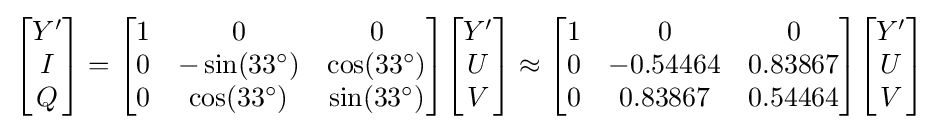
{\begin{bmatrix}Y'\\I\\Q\end{bmatrix}}={\begin{bmatrix}1&0&0\\0&-\sin(33^{\circ })&\cos(33^{\circ })\\0&\cos(33^{\circ })&\sin(33^{\circ })\end{bmatrix}}{\begin{bmatrix}Y'\\U\\V\end{bmatrix}}\approx {\begin{bmatrix}1&0&0\\0&-0.54464&0.83867\\0&0.83867&0.54464\end{bmatrix}}{\begin{bmatrix}Y'\\U\\V\end{bmatrix}}